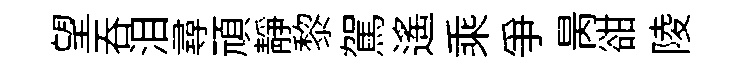
望呑泪尋頑静黎駕遙乘争昺𧮳陵